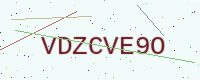
Text: VDZCVE9O